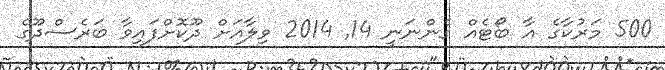
500 މަރުކާގެ އާ ބޯޓެއް ގެންނަނީ 14